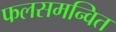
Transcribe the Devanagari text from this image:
फलसमन्वित